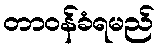
တာဝန်ခံရမည်